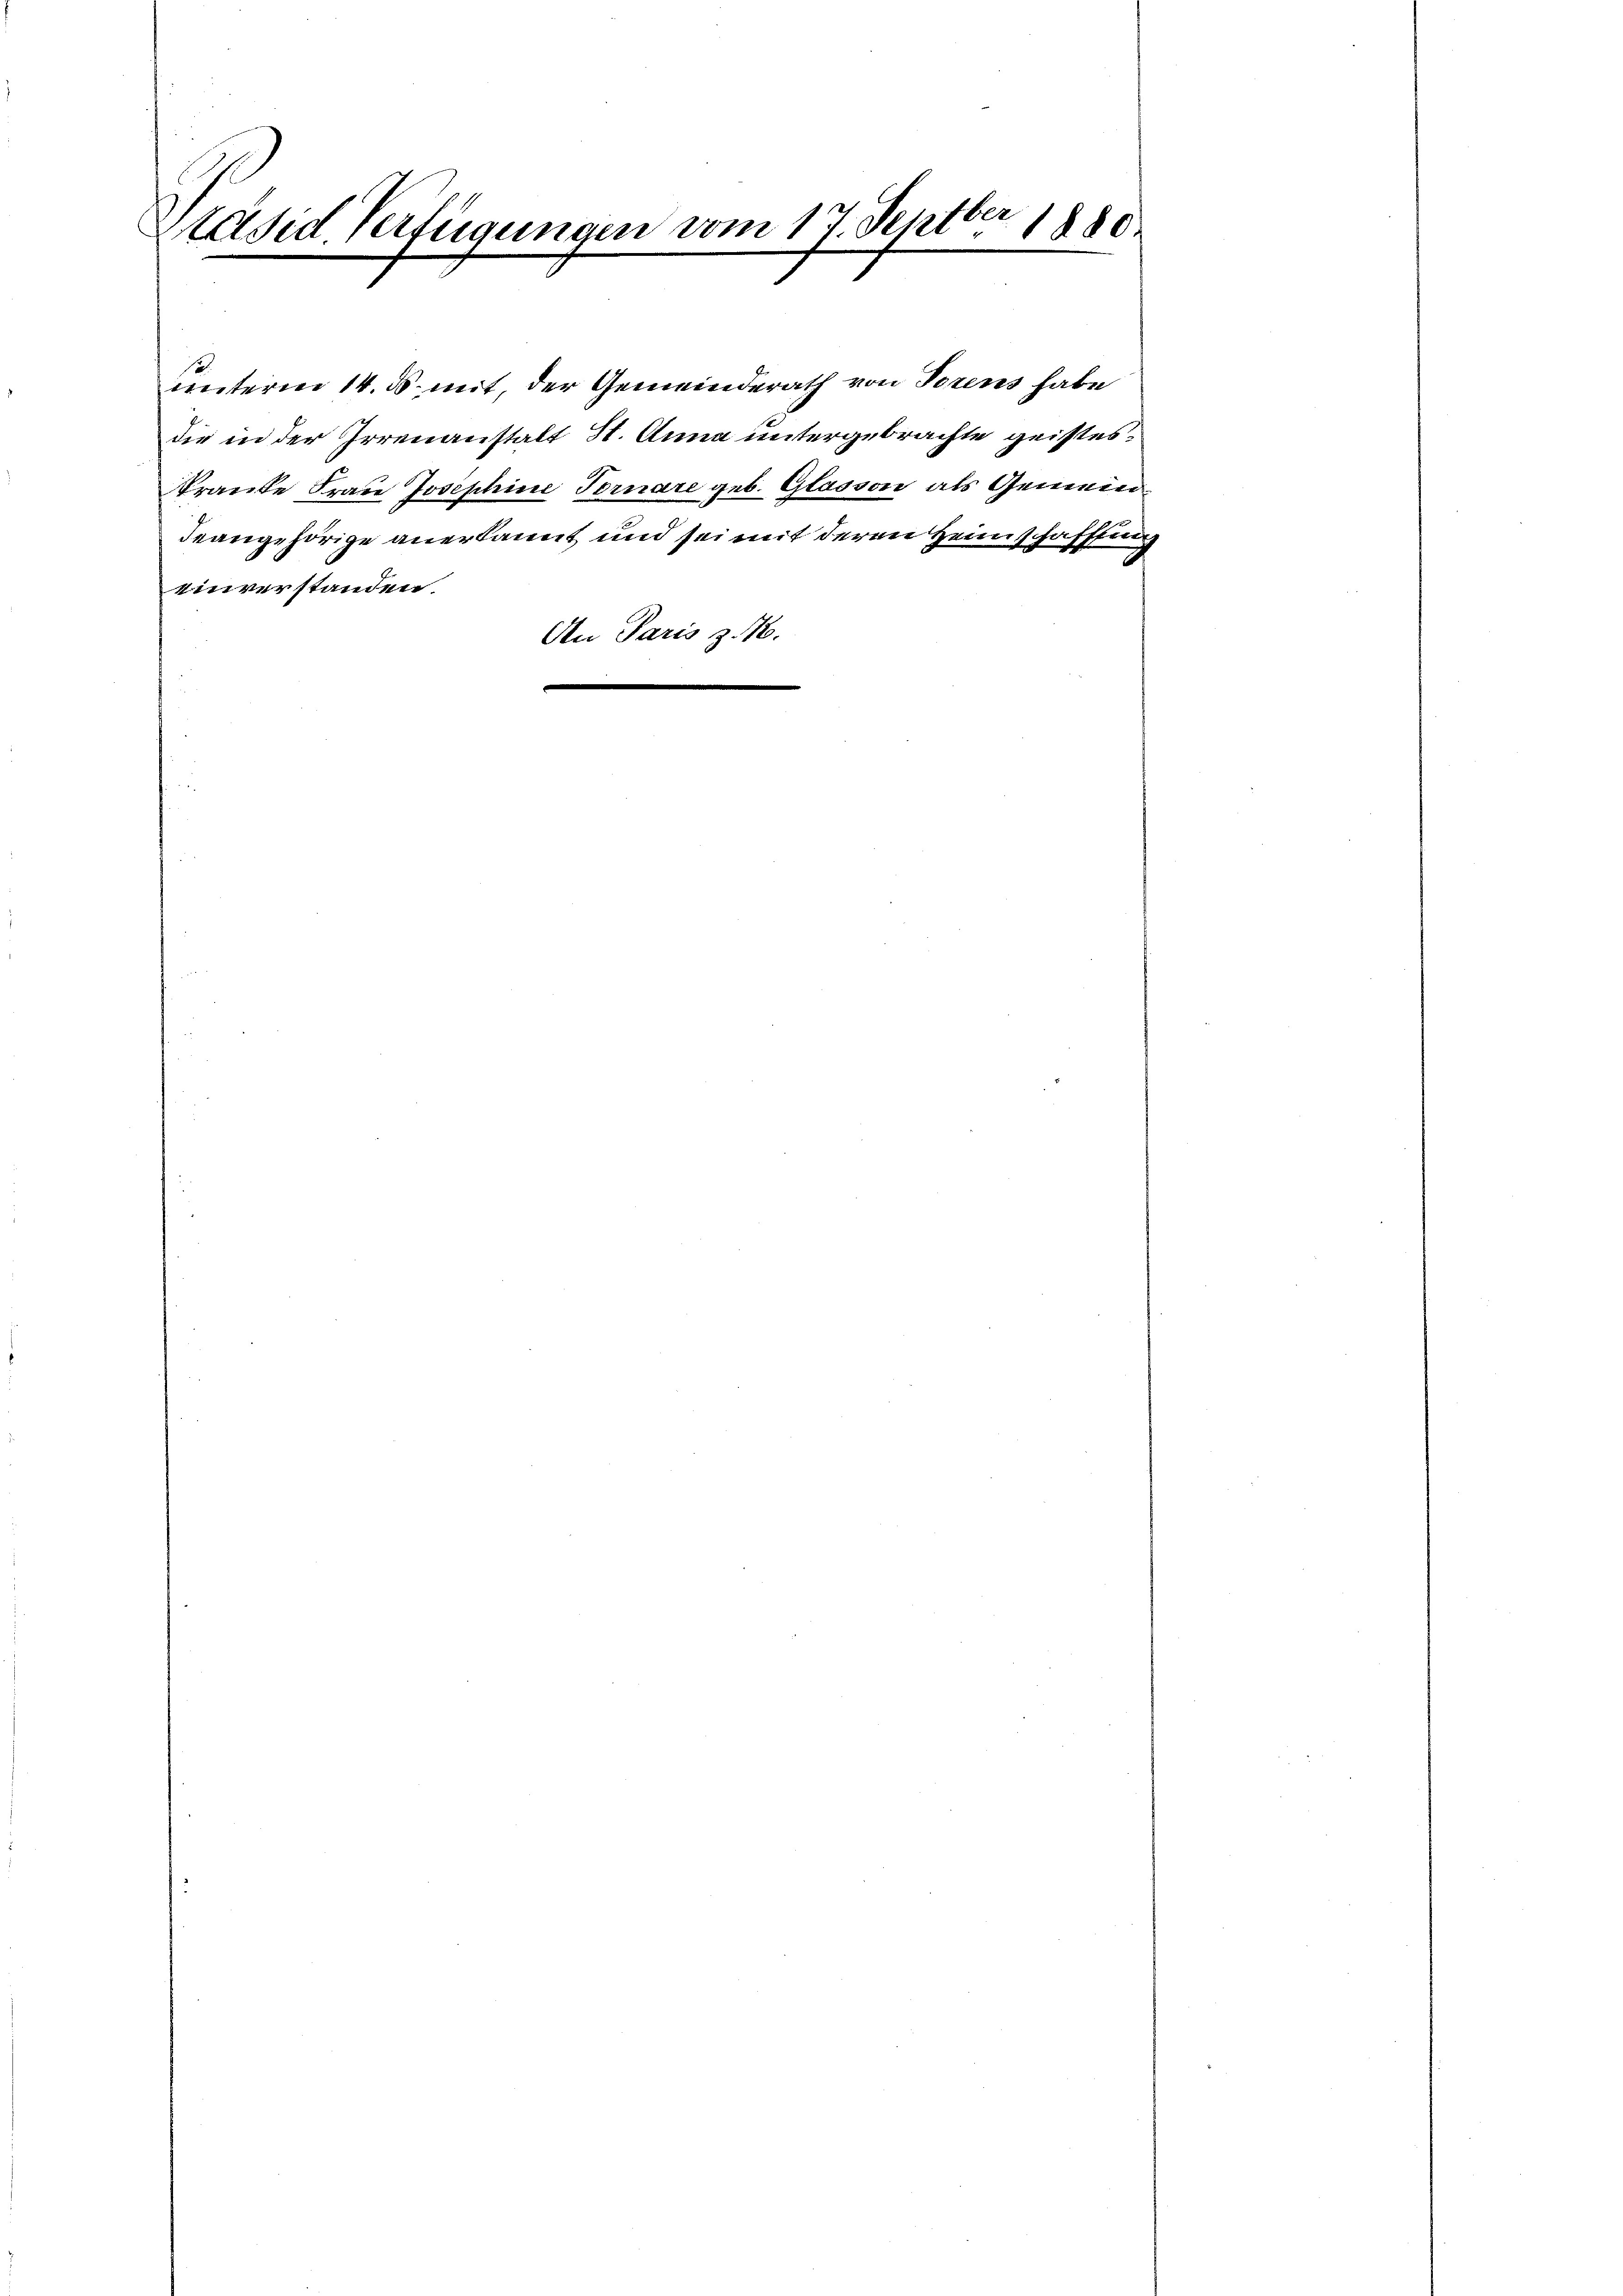
Ver
Präsid. Verfügungen vom 17. Sept.
1880.
k

Feangehörige anerkannt und sei mit deren Heimschafftung
einverstanden.
An Paris z. 1.

unterm 14. ds. mit, der Gemeinderath von Torens habe
die in der Irrenanstalt St. Anna untergebrachte geisteskranke Frau Josephine Fornare geb. Glasson als Gemein¬